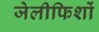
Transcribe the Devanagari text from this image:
जेलीफिशों